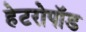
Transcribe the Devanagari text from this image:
हेटरोपॉड